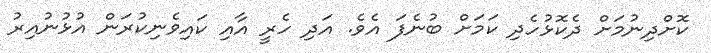
ކޮށްދިނުމަށް ދެކޮޅުހެދި ކަމަށް ބުނެފަ އެވެ. އަދި ހެރީ އާއި ކައިވެނިކުރަން އުޅުނުއިރު